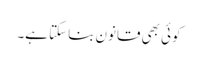
کوئی بھی قانون بنا سکتا ہے۔